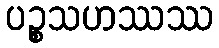
ပဉ္စသဟဿဿ